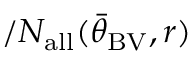
/ N _ { \mathrm { a l l } } ( { \bar { \theta } } _ { \mathrm { B V } } , r )